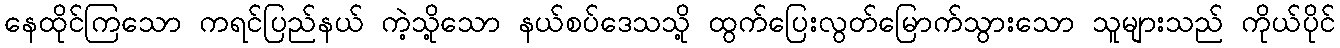
နေထိုင်ကြသော ကရင်ပြည်နယ် ကဲ့သို့သော နယ်စပ်ဒေသသို့ ထွက်ပြေးလွတ်မြောက်သွားသော သူများသည် ကိုယ်ပိုင်